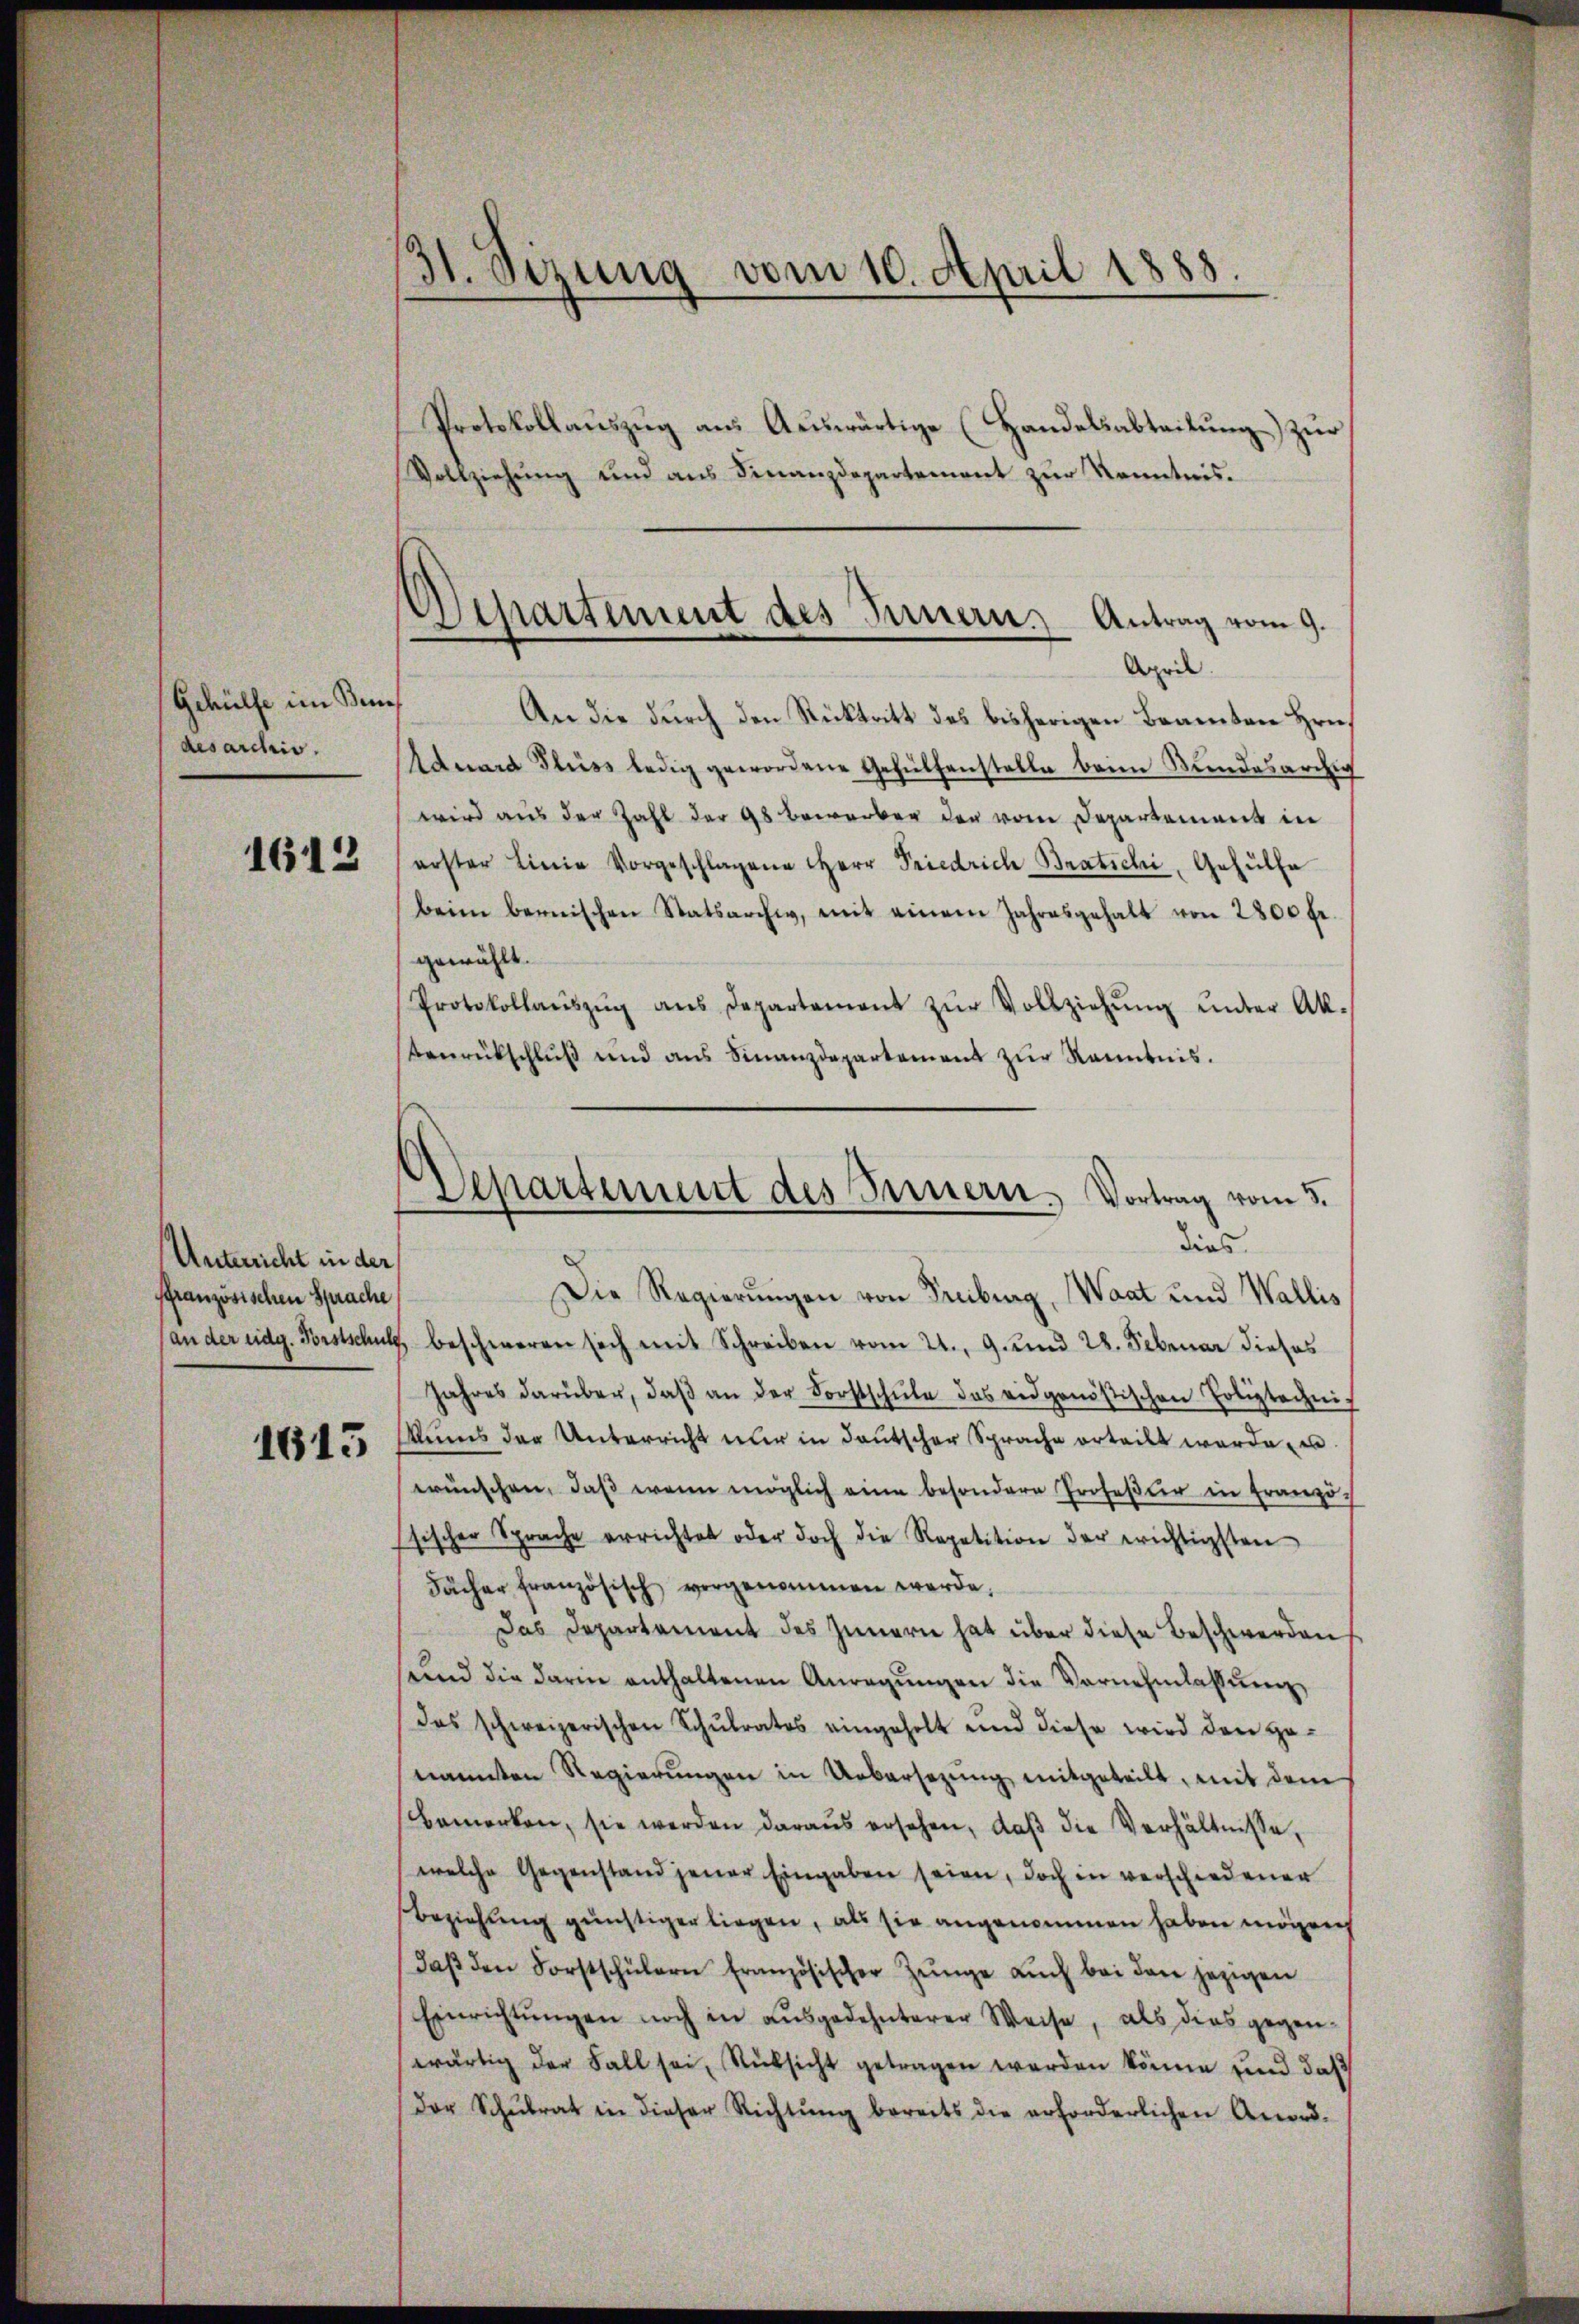
Gehülfe im Bes
desarchis.

1612

Unterricht in der
ffranzösischen Sprache

1615

31. Sizung vom 10. April 1888.

Protokollauszug aus Auswärtige (Handelsabteilung) zur
Vollziehung und aus Finanzdepartement zur Kenntnis.
An die durch den Rücktritt des bisherigen Beamten Hrn.
Aduard Fluss ledig gewordene Gehülfenstelle beim Stundesarchig
wird aus der Zahl der 98 bewerben der vom Departement in
erster Linie vorgeschlagene Herr Priedrich Bratichi, Gehülfe
beim bernischen Statsarchiv, mit einem Jahresgehalt von 2800 fr.
gewählt.
Protokollaŭszŭg ans Departement zŭr Vollziehŭng ŭnter Ak-
benrückschluß und ans Finanzdepartement zur Kenntnis.
Die Regierungen von Freiburg, Waat und Wallis
(an der eidg. Forstschutz, beschweren sich mit Schreiben vom 21. 9. und 28. Februar dieses
Jahres darüber, daβ an der Forstschŭle das eidgenößischen Poliztechnis
Aums der Unterricht nur in deutscher Sprache erteilt werde u.
wünschen, daβ wenn möglich eine besondere Profeßur in Franzö
sischer Sprache errichtet oder doch die Repetition der wichtigsten
Fächer französisch vorgenommen werde,
Das Departement des Innern hat über diese Beschwerden
send die darin enthaltenen Anregŭngen die Vornehmlassŭng,
Das schweizerischen Schŭlrates eingeholt und diese wird den Hanannten Regierŭngen in Uebersezung mitgeteilt, mit dem
bemerken, sie werden daraŭs ersehen, daβ die Verhältnisse,
welche Gegenstand jener Eingaben seien, doch in verschiedener
Beziehung günstiger liegen, als sie angenommen haben mögen
daβ den Forstschülern französischer Zunge aŭch bei den jezigen
Einrichtŭngen noch in ausgedehnterer Weise, als dies gegen-
wärtig der Fall sei, Rücksicht getragen werden könne und daß
Der Schŭlrat in dieser Richtŭng bereits die erforderlichen Anord-

Departement des Innern Antrag vom 9.
April.

Departement des Innern. Vortrag vom 3.
dies